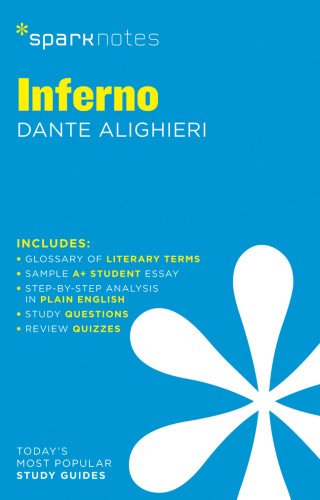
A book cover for Inferno SparkNotes Literature Guide (SparkNotes Literature Guide Series); SparkNotes; Literature & Fiction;